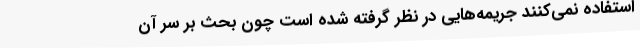
استفاده نمی‌کنند جریمه‌هایی در نظر گرفته شده است چون بحث بر سر آن